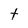
Character: t